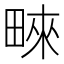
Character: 𤲓